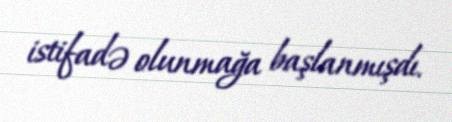
istifadə olunmağa başlanmışdı.